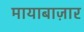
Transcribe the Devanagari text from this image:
मायाबाज़ार